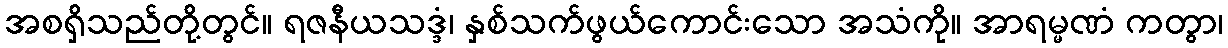
အစရှိသည်တို့တွင်။ ရဇနီယသဒ္ဒံ၊ နှစ်သက်ဖွယ်ကောင်းသော အသံကို။ အာရမ္မဏံ ကတွာ၊